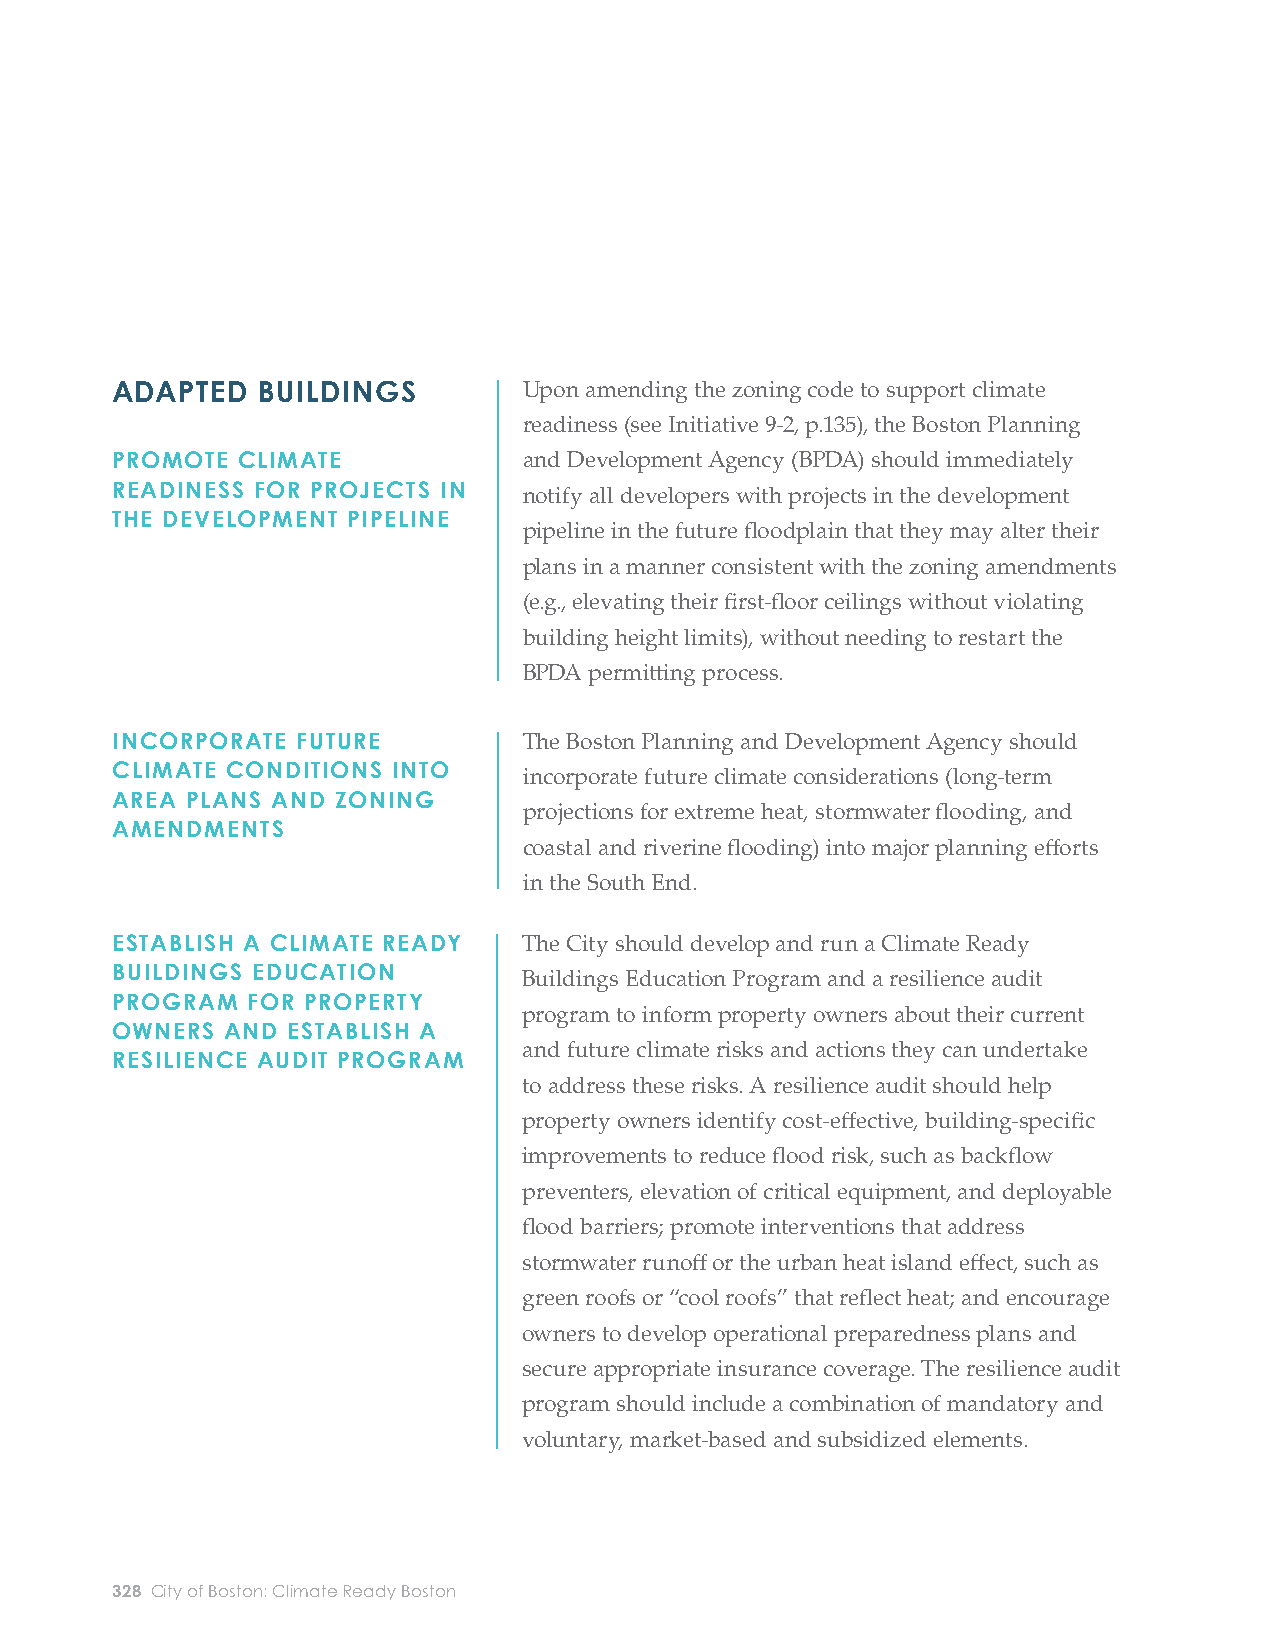
ADAPTED   BUILDINGS         Upon amending the zoning code to support climate        PREPARE MUNICIPAL          The Offi ce of Budget Management should work with City
 readiness (see Initiative 9-2, p.135), the Boston Planning FACILITIES FOR CLIMATE  departments to prioritize upgrades to municipal facilities
 CHANGE
 PROMOTE  CLIMATE            and Development Agency (BPDA) should immediately                                   in South End that demonstrate high levels of vulnerability
 READINESS FOR PROJECTS IN   notify all developers with projects in the development                             (in terms of the timing and extent of exposure),
 THE DEVELOPMENT PIPELINE
 pipeline in the future fl oodplain that they may alter their                       consequences of partial or full failure, and criticality (with
 plans in a manner consistent with the zoning amendments                            highest priority for impacts on life and safety) from coastal
 (e.g., elevating their fi rst-fl oor ceilings without violating                    fl ooding in the near term. Later in the century, there are a
 building height limits), without needing to restart the                            number of Boston Housing Authority developments that
 BPDA permitt ing process.                                                          are expected to be exposed to coastal fl ooding, as well as
 access issues related to stormwater fl ooding. These sites
 INCORPORATE  FUTURE         The Boston Planning and Development Agency should                                  include Camden, Cathedral, Frederick Douglas, Hampton
 CLIMATE CONDITIONS INTO     incorporate future climate considerations (long-term                               House, Lenox, Rutland/West Newton, Torre Unidad, and
 AREA PLANS AND ZONING
 projections for extreme heat, stormwater fl ooding, and                            Washington Manor. The City will also prioritize adding
 AMENDMENTS
 coastal and riverine fl ooding) into major planning eff orts                       backup power to emergency shelters that do not yet have
 in the South End.                                                                  power system redundancies. By later in the century, there
 will be a strong need for shelter capacity in the South
 ESTABLISH A CLIMATE READY   The City should develop and run a Climate Ready
 End unless fl ood risk is mitigated, which will require all
 BUILDINGS EDUCATION         Buildings Education Program and a resilience audit
 existing shelters to be prepared.
 PROGRAM  FOR PROPERTY
 program to inform property owners about their current
 OWNERS  AND ESTABLISH A
 and future climate risks and actions they can undertake
 RESILIENCE AUDIT PROGRAM
 to address these risks. A resilience audit should help
 property owners identify cost-eff ective, building-specifi c
 improvements to reduce fl ood risk, such as backfl ow
 preventers, elevation of critical equipment, and deployable
 fl ood barriers; promote interventions that address
 stormwater runoff or the urban heat island eff ect, such as
 green roofs or “cool roofs” that refl ect heat; and encourage
 owners to develop operational preparedness plans and
 secure appropriate insurance coverage. The resilience audit
 program should include a combination of mandatory and
 voluntary, market-based and subsidized elements.
 328 City of Boston: Climate Ready Boston